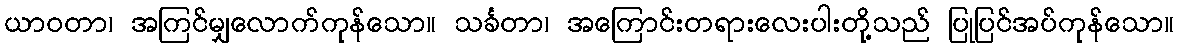
ယာဝတာ၊ အကြင်မျှလောက်ကုန်သော။ သင်္ခတာ၊ အကြောင်းတရားလေးပါးတို့သည် ပြုပြင်အပ်ကုန်သော။